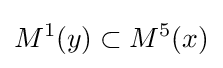
M^{1}(y)\subset M^{5}(x)